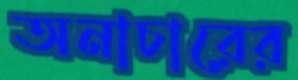
অনাচারের